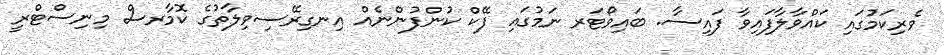
ވެރިކަމުގައި ކައްވާލާފައިވާ ފައިސާ. ބައިވޯޓަރ ނަމުގައި ފޭކް ކުންފުންނެއް އިނގިރޭސިވިލާތުގެ ކޮމާރސް މިނިސްޓްރީ